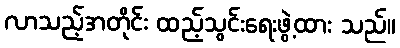
လာသည့်အတိုင်း ထည့်သွင်းရေးဖွဲ့ထား သည်။